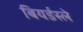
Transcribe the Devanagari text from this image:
बियर्डस्ले